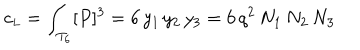
c _ { \small L } = \int _ { T _ { 6 } } [ P ] ^ { 3 } = 6 \, y _ { 1 } \, y _ { 2 } \, y _ { 3 } = 6 \, q ^ { 2 } \, N _ { 1 } \, N _ { 2 } \, N _ { 3 }